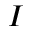
\boldsymbol { I }